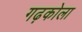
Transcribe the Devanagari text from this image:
गढ़कोला